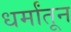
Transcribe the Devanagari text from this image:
धर्मांतून